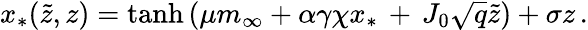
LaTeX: x_{*}(\tilde{z},z)=\mathrm{tanh}\left(\mu m_{\infty}+\alpha\gamma\chi x_{*}\, +\, J_{0}\sqrt{q}\tilde{z}\right)+\sigma z\, .